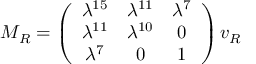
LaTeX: M _ { R } = \left( \begin{array} { c c c } { { \lambda ^ { 1 5 } } } & { { \lambda ^ { 1 1 } } } & { { \lambda ^ { 7 } } } \\ { { \lambda ^ { 1 1 } } } & { { \lambda ^ { 1 0 } } } & { { 0 } } \\ { { \lambda ^ { 7 } } } & { { 0 } } & { { 1 } } \end{array} \right) v _ { R }